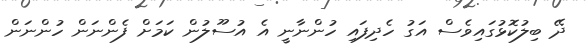
ދޭ ބިލުކޮޅުގައިވެސް އަގު ހެދިފައި ހުންނާނީ އެ އުސޫލުން ކަމަށް ފެންނަން ހުންނަން